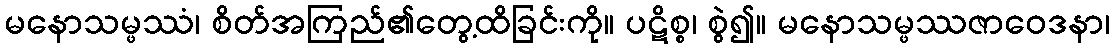
မနောသမ္ဖဿံ၊ စိတ်အကြည်၏တွေ့ထိခြင်းကို။ ပဋိစ္စ၊ စွဲ၍။ မနောသမ္ဖဿဇာဝေဒနာ၊